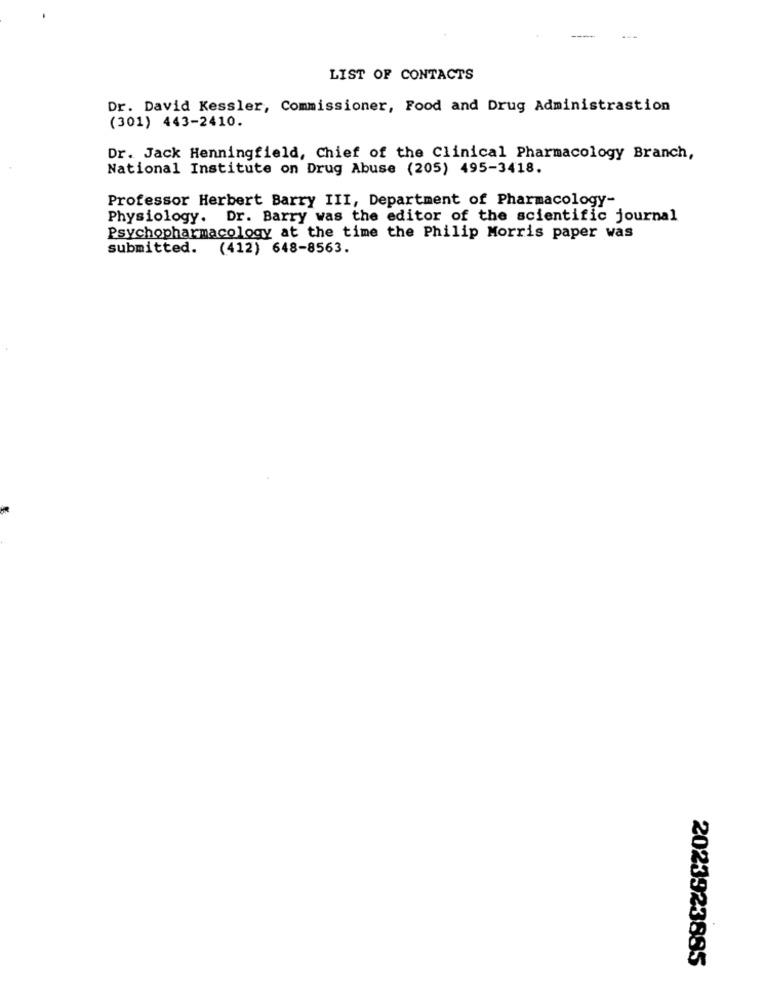
LIST OF CONTACTS
Dr. David Kessler, Commissioner, Food and Drug Administrastion
(301) 443-2410.
Dr. Jack Henningfield, Chief of the Clinical Pharmacology Branch,
National Institute on Drug Abuse (205) 495-3418.
Professor Herbert Barry III, Department of Pharmacology-
Physiology. Dr. Barry was the editor of the scientific journal
Psychopharmacology at the time the Philip Morris paper was
submitted. (412) 648-8563.
2023923885